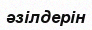
әзілдерін